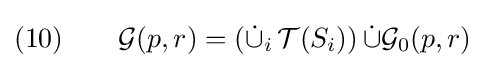
(10)\qquad {\mathcal {G}}(p,r)=\left({\dot {\cup }}_{i}\,{\mathcal {T}}(S_{i})\right){\dot {\cup }}{\mathcal {G}}_{0}(p,r)